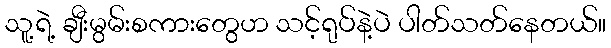
သူ့ရဲ့ ချီးမွမ်းစကားတွေဟ သင့်ရုပ်နဲ့ပဲ ပါတ်သတ်နေတယ်။